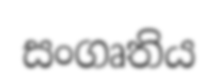
සංගෘතිය